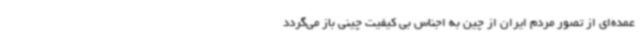
عمده‌ای از تصور مردم ایران از چین به اجناس بی کیفیت چینی باز می‌گردد